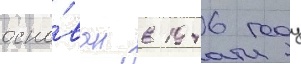
осно́ван в 1946 году